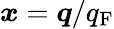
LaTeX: \boldsymbol{x}=\boldsymbol{q}/q_{\mathrm{F}}